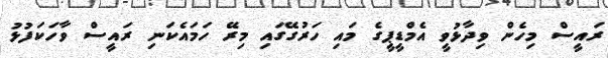
ރައީސް މިހެން ވިދާޅުވީ އެމްޑީޕީގެ މައި ހަރުގޭގައި މިރޭ ހަމައެކަނި ރައީސް ވާހަކަފުޅު